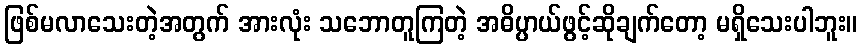
ဖြစ်မလာသေးတဲ့အတွက် အားလုံး သဘောတူကြတဲ့ အဓိပ္ပာယ်ဖွင့်ဆိုချက်တော့ မရှိသေးပါဘူး။